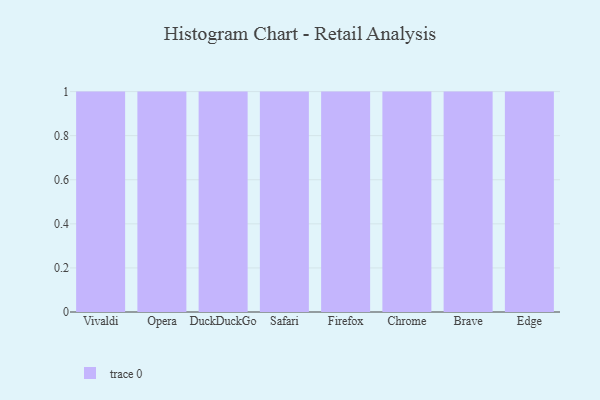
{"axis": {"x": "Browser", "y": "Market Share (%)"}, "legend": [""], "data": [{"x": "Vivaldi", "y": 24, "type": ""}, {"x": "Opera", "y": 35, "type": ""}, {"x": "DuckDuckGo", "y": 88, "type": ""}, {"x": "Safari", "y": 78, "type": ""}, {"x": "Firefox", "y": 28, "type": ""}, {"x": "Chrome", "y": 3, "type": ""}, {"x": "Brave", "y": 44, "type": ""}, {"x": "Edge", "y": 91, "type": ""}]}